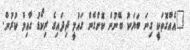
"އެއްގޮތަކީ ގިނަ ބަޔަކު ބޭނުން ކޮށްގެން ގައުމީ ދިދައިގެ ރިކޯޑު ގާއިމް ކުރުން.